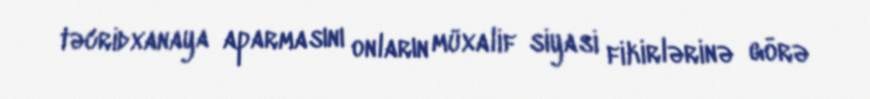
təcridxanaya aparmasını onların müxalif siyasi fikirlərinə görə